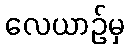
လေယာဉ်မှ